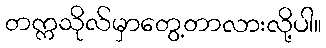
တက္ကသိုလ်မှာတွေ့တာလားလို့ပါ။